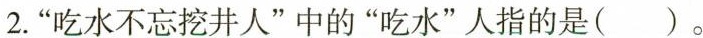
2.”吃水不忘挖井人”中的”吃水”人指的是( )。